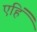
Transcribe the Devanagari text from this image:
एहिं